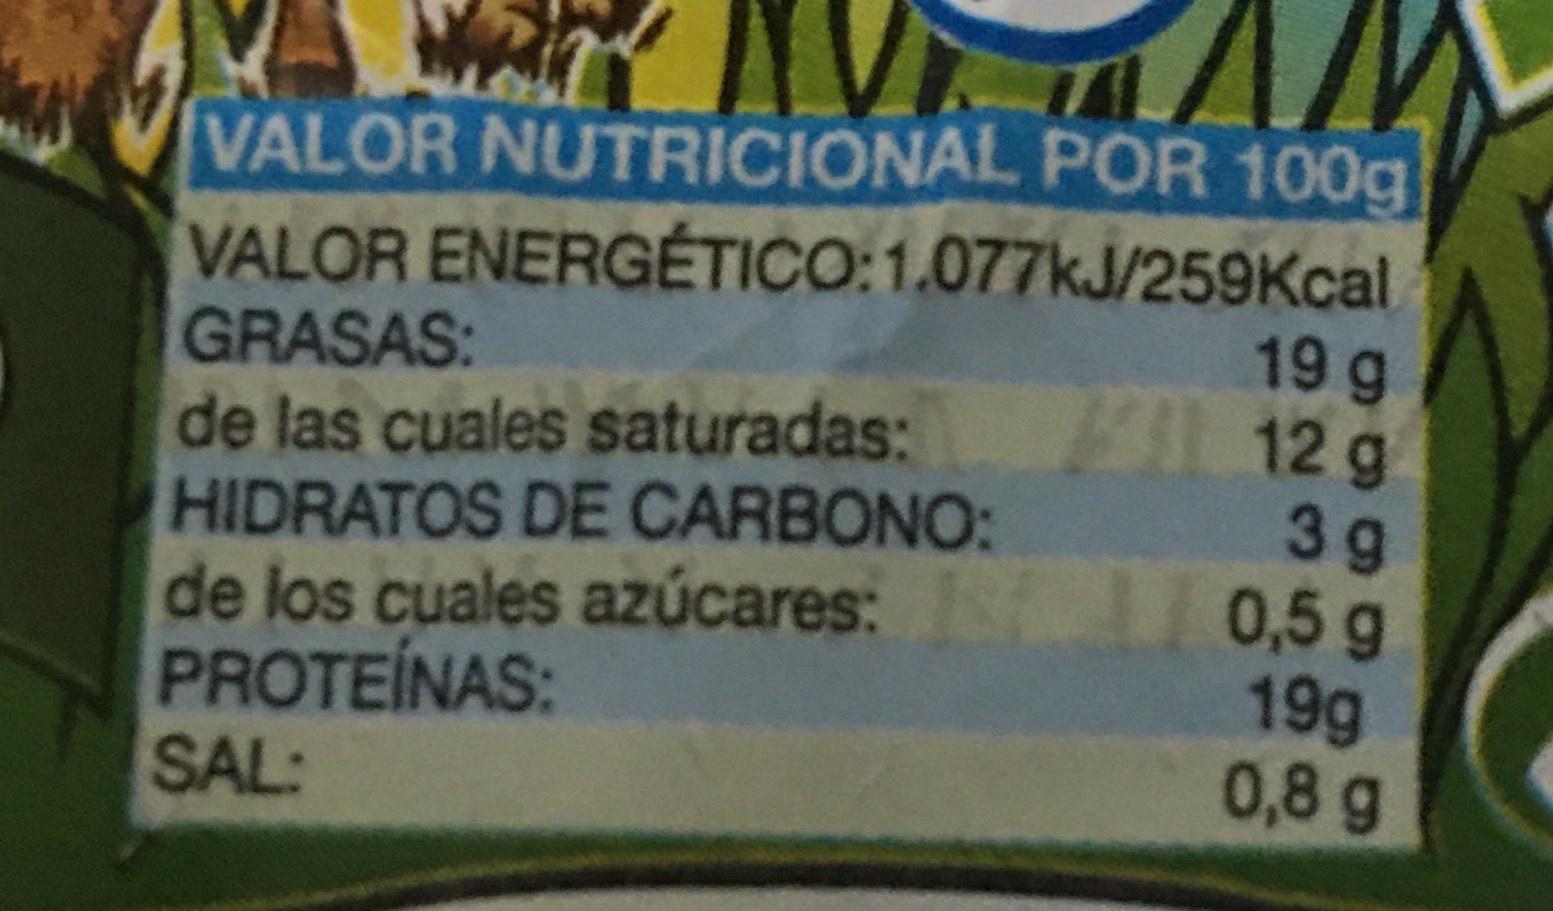
VALOR NUTRICIONAL POR 100g VALOR ENERGÉTICO:1.077kJ/259Kcal GRASAS: de las cuales saturadas: 12 g HIDRATOS DE CARBONO: de los cuales azúcares: o,5 g PROTEINAS: SAL: 19 g 39 19g 0,8 g